Indian journal of veterinary science and animal husbandry - Volume 8,
Year: 1938
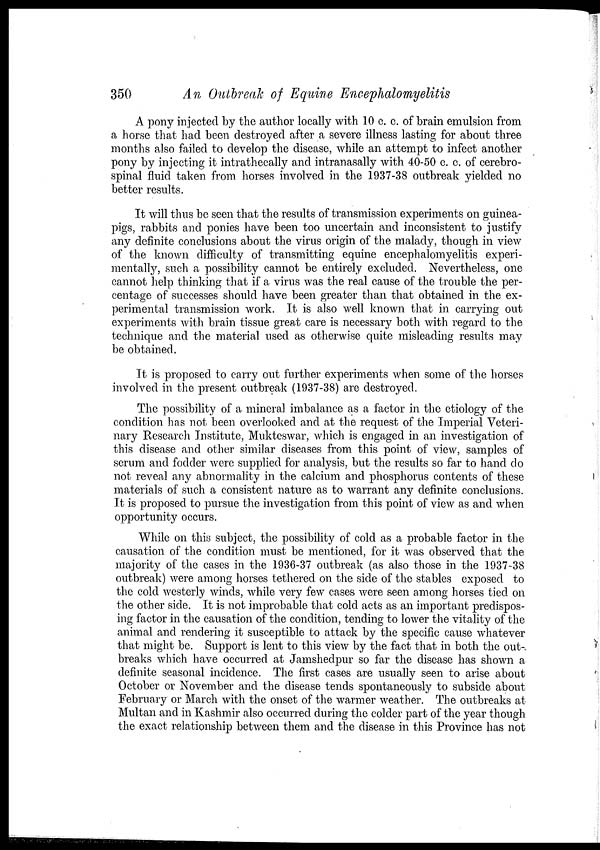
350
An Outbreak of Equine Encephalomyelitis
A pony injected by the author locally with 10 c. c. of brain emulsion from
a horse that had been destroyed after a severe illness lasting for about three
months also failed to develop the disease, while an attempt to infect another
pony by injecting it intrathecally and intranasally with 40-50 c. c. of cerebro-
spinal fluid taken from horses involved in the 1937-38 outbreak yielded no
better results.
It will thus be seen that the results of transmission experiments on guinea-
pigs, rabbits and ponies have been too uncertain and inconsistent to justify
any definite conclusions about the virus origin of the malady, though in view
of the known difficulty of transmitting equine encephalomyelitis experi-
mentally, such a possibility cannot be entirely excluded. Nevertheless, one
cannot help thinking that if a virus was the real cause of the trouble the per-
centage of successes should have been greater than that obtained in the ex-
perimental transmission work. It is also well known that in carrying out
experiments with brain tissue great care is necessary both with regard to the
technique and the material used as otherwise quite misleading results may
be obtained.
It is proposed to carry out further experiments when some of the horses
involved in the present outbreak (1937-38) are destroyed.
The possibility of a mineral imbalance as a factor in the etiology of the
condition has not been overlooked and at the request of the Imperial Veteri-
nary Research Institute, Mukteswar, which is engaged in an investigation of
this disease and other similar diseases from this point of view, samples of
serum and fodder were supplied for analysis, but the results so far to hand do
not reveal any abnormality in the calcium and phosphorus contents of these
materials of such a consistent nature as to warrant any definite conclusions.
It is proposed to pursue the investigation from this point of view as and when
opportunity occurs.
While on this subject, the possibility of cold as a probable factor in the
causation of the condition must be mentioned, for it was observed that the
majority of the cases in the 1936-37 outbreak (as also those in the 1937-38
outbreak) were among horses tethered on the side of the stables exposed to
the cold westerly winds, while very few cases were seen among horses tied on
the other side. It is not improbable that cold acts as an important predispos-
ing factor in the causation of the condition, tending to lower the vitality of the
animal and rendering it susceptible to attack by the specific cause whatever
that might be. Support is lent to this view by the fact that in both the out-
breaks which have occurred at Jamshedpur so far the disease has shown a
definite seasonal incidence. The first cases are usually seen to arise about
October or November and the disease tends spontaneously to subside about
February or March with the onset of the warmer weather. The outbreaks at
Multan and in Kashmir also occurred during the colder part of the year though
the exact relationship between them and the disease in this Province has not